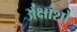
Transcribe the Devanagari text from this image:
अंक्षांशो